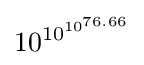
10^{10^{10^{76.66}}}